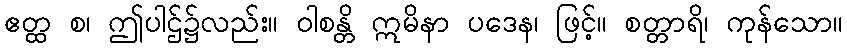
ဧတ္ထ စ၊ ဤပါဌ်၌လည်း။ ဝါစန္တိ ဣမိနာ ပဒေန၊ ဖြင့်။ စတ္တာရိ၊ ကုန်သော။